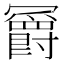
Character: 𫤼